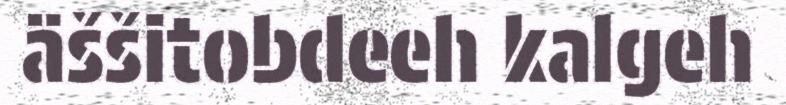
äššitobdeeh kalgeh